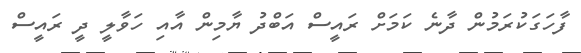
ފާހަގަކުރަމުން ދާނެ ކަމަށް ރައީސް އަބްދު ޔާމިން އާއި ހަވާލީ ދީ ރައީސް